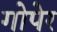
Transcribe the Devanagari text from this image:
गोपेर